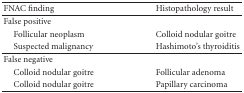
<table><thead><tr><td><b>FNAC finding</b></td><td><b>Histopathology result</b></td></tr></thead><tbody><tr><td>False positive</td><td></td></tr><tr><td> Follicular neoplasm</td><td>Colloid nodular goitre</td></tr><tr><td> Suspected malignancy</td><td>Hashimoto&#x27;s thyroiditis </td></tr><tr><td>False negative</td><td></td></tr><tr><td> Colloid nodular goitre</td><td>Follicular adenoma</td></tr><tr><td> Colloid nodular goitre</td><td>Papillary carcinoma</td></tr></tbody></table>